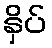
နှိပ်